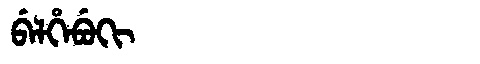
Manchu: ᠪᡝᠯᡥᡝᠪᡠᡴᡳ
Romanization: BELHEBUKI